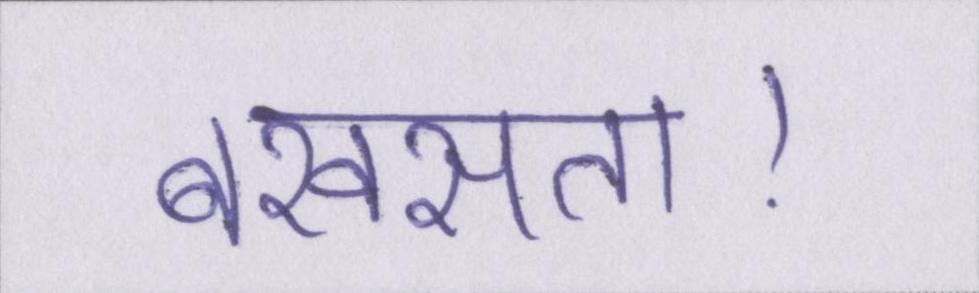
बखसता।